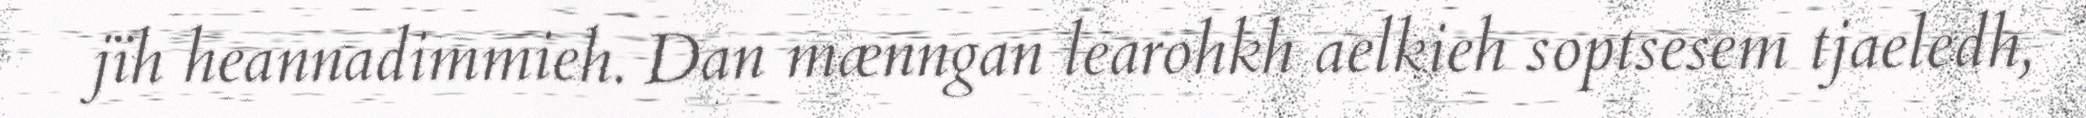
jïh heannadimmieh. Dan mænngan learohkh aelkieh soptsesem tjaeledh,